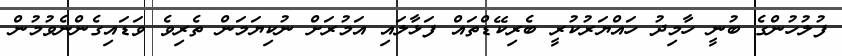
ފުލުހުންގެ ބުނީ ހާމިދު ހައްޔަރުކުރީ ބެރިކޭޑްތައް ފަޅާލައި އަމުރަށް ނުކިޔަމަން ތެރިވެ ވަޑައިގެންނެވުމުން